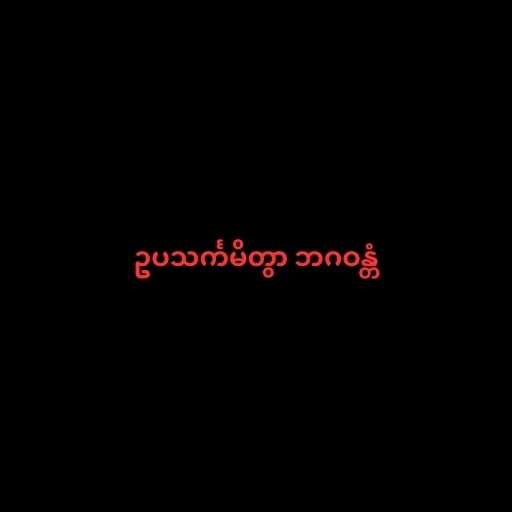
ဥပသင်္ကမိတွာ ဘဂဝန္တံ